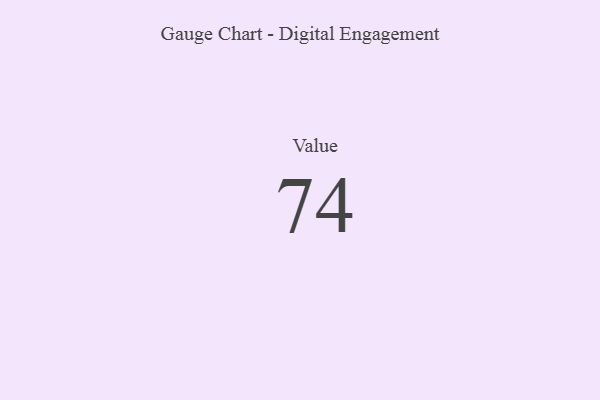
{"axis": {"x": "Metric", "y": "Value"}, "legend": [""], "data": [{"x": "Value", "y": 74, "type": ""}]}